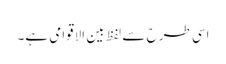
اسی طرح سے لفظ بین الاقوامی ہے۔